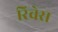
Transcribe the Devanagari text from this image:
रिचेस